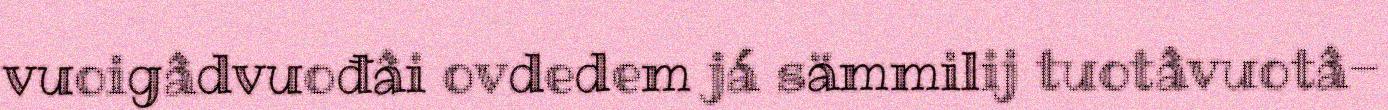
vuoigâdvuođâi ovdedem já sämmilij tuotâvuotâ-